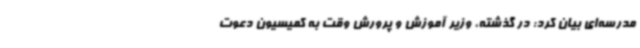
مدرسه‌ای بیان کرد: در گذشته، وزیر آموزش و پرورش وقت به کمیسیون دعوت